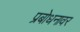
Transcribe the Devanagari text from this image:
प्रबोधनावर